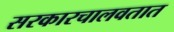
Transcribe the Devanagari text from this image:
सरकारचालवतात